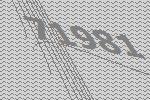
71981